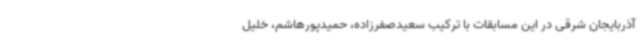
آذربایجان شرقی در این مسابقات با ترکیب سعیدصفرزاده، حمیدپورهاشم، خلیل